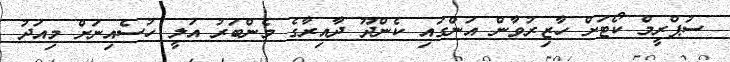
ސުޕްރީމް ކޯޓަށް ހާޒިރުވާން އަންގައި ކެންދޫ ދާއިރާގެ މެންބަރު އަލީ ހުސެއިނަށް މިއަދު